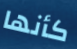
كأنها